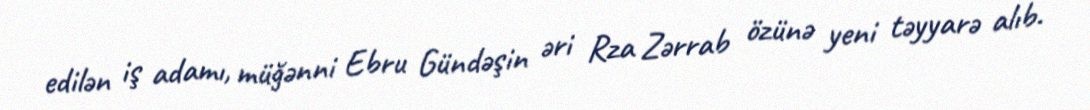
edilən iş adamı, müğənni Ebru Gündəşin əri Rza Zərrab özünə yeni təyyarə alıb.